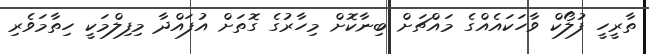
ތާރީހީ ފުލޯކް ވާހަކައެއްގެ މައްޗަށް ބިނާކޮށް މިހާރުގެ ގޮތަށް އުފައްދާ މިފިލްމަކީ ހިތާމަވެރި